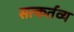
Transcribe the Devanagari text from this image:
सत्कर्तव्य